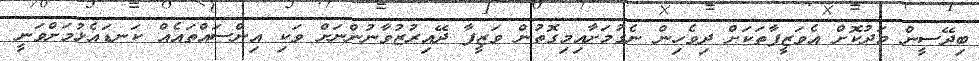
ބިދޭސީން މަދުކޮށް އެވަޒީފާތަކަށް ދިވެހިން ނެގުމަށާއިމިގޮތުން ވަޒީފާ ދޭއިރުޒުވާނުންނަށް ވަކި އިންސައްތައެއް ކަނޑައެޅުމަށްވަނީ